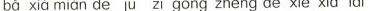
ba xia mian de ju zi gong zheng de xie xia lai